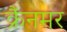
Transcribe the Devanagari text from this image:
क्रैंनमर